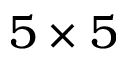
5 \times 5